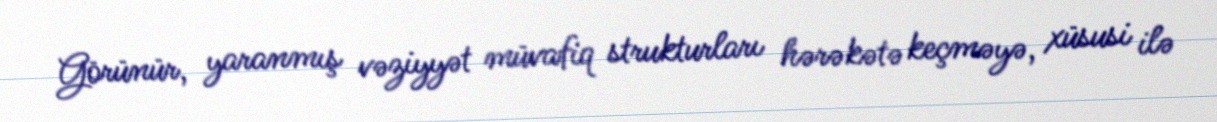
Görünür, yaranmış vəziyyət müvafiq strukturları hərəkətə keçməyə, xüsusi ilə